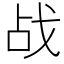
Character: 战